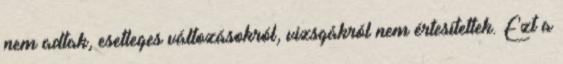
nem adtak, esetleges változásokról, vizsgákról nem értesítettek. Ezt a